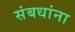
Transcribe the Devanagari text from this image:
संबधांना